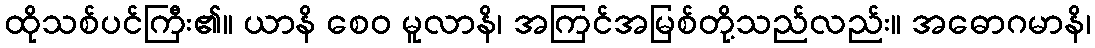
ထိုသစ်ပင်ကြီး၏။ ယာနိ စေဝ မူလာနိ၊ အကြင်အမြစ်တို့သည်လည်း။ အဓောဂမာနိ၊